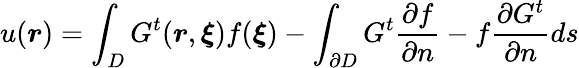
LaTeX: u(\boldsymbol{r})=\int_{D}G^{t}(\boldsymbol{r},\boldsymbol{\xi})f(\boldsymbol{\xi})-\int_{\partial D}G^{t}\frac{\partial f}{\partial n}-f\frac{\partial G^{t}}{\partial n}ds